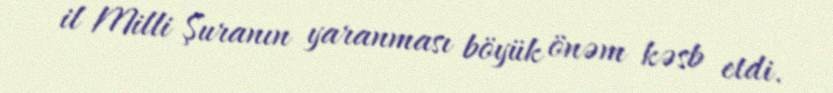
il Milli Şuranın yaranması böyük önəm kəsb etdi.